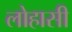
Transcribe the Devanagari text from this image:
लोहासी